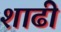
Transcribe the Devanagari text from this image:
शाढी